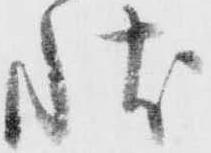
状